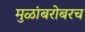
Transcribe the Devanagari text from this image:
मुळांबरोबरच